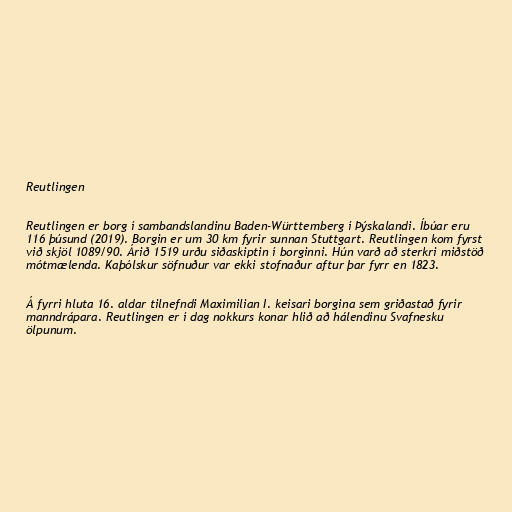
Reutlingen

Reutlingen er borg í sambandslandinu Baden-Württemberg í Þýskalandi. Íbúar eru
116 þúsund (2019). Borgin er um 30 km fyrir sunnan Stuttgart. Reutlingen kom fyrst
við skjöl 1089/90. Árið 1519 urðu siðaskiptin í borginni. Hún varð að sterkri miðstöð
mótmælenda. Kaþólskur söfnuður var ekki stofnaður aftur þar fyrr en 1823.

Á fyrri hluta 16. aldar tilnefndi Maximilian I. keisari borgina sem griðastað fyrir
manndrápara. Reutlingen er í dag nokkurs konar hlið að hálendinu Svafnesku
ölpunum.